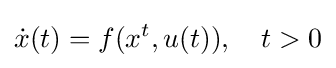
{\dot {x}}(t)=f(x^{t},u(t)),\quad t>0